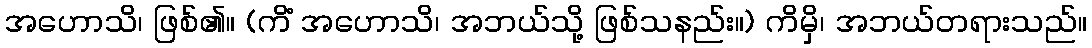
အဟောသိ၊ ဖြစ်၏။ (ကိံ အဟောသိ၊ အဘယ်သို့ ဖြစ်သနည်း။) ကိမှိ၊ အဘယ်တရားသည်။